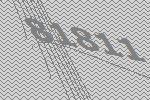
81811